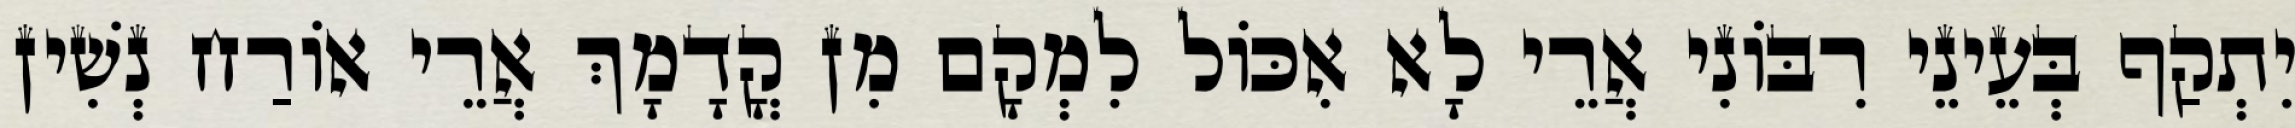
יִתְקַף בְּעֵינֵי רִבּוֹנִי אֲרֵי לָא אִכּוֹל לִמְקָם מִן קֳדָמָךְ אֲרֵי אוֹרַח נְשִׁין